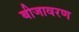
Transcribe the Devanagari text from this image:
बीजावरण